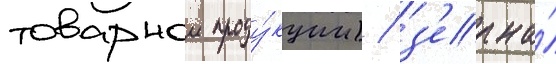
товарнои проду́кции) / з'ерна́